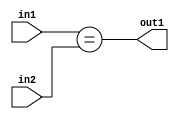
`timescale 1ps / 1ps
/*****************************************************************************
    Verilog RTL Description
    
    
    Created by: CellMath Designer 2019.1.01 
*******************************************************************************/

module sfu_out_buff_Equal_2Ux2U_1U_4 (
	in2,
	in1,
	out1
	); /* architecture "behavioural" */ 
input [1:0] in2,
	in1;
output  out1;
wire  asc001;

assign asc001 = (in1==in2);

assign out1 = asc001;
endmodule

/* CADENCE  urf0TA4= : u9/ySgnWtBlWxVPRXgAZ4Og= ** DO NOT EDIT THIS LINE ******/